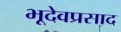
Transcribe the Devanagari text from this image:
भूदेवप्रसाद